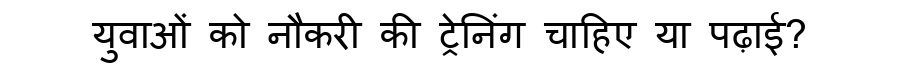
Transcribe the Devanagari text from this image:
युवाओं को नौकरी की ट्रेनिंग चाहिए या पढ़ाई?